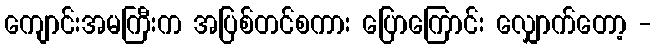
ကျောင်းအမကြီးက အပြစ်တင်စကား ပြောကြောင်း လျှောက်တော့ -